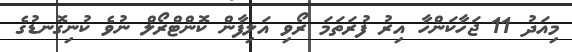
މިއަދު 11 ޖަހާކަންހާ އިރު ފުރަތަމަ ރޯވި އަލިފާން ކޮންޓްރޯލް ނުވެ ކުނިގޮނޑުގެ